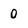
Character: 0